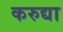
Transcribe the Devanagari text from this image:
करुद्या